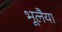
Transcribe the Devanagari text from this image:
भूलैया